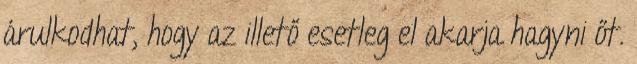
árulkodhat, hogy az illető esetleg el akarja hagyni őt.